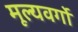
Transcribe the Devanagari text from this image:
मूल्यवर्गो